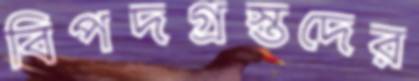
বিপদগ্রস্তদের